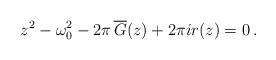
LaTeX: \begin{align*}z ^{2} - \omega _{0}^{2} - 2\pi \,\overline{G}(z) + 2\pi ir(z) = 0 \,.\end{align*}